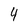
Character: 4